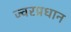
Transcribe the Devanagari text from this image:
ज्वरप्रधान